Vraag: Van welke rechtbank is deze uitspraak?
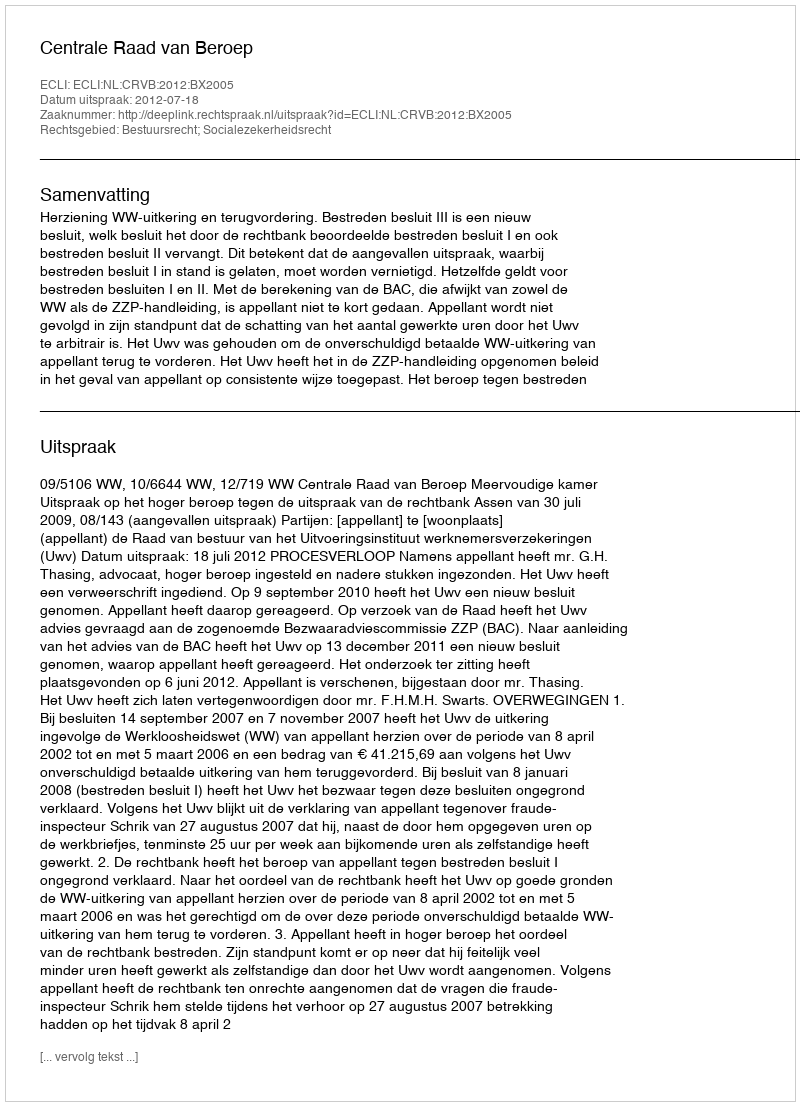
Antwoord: Centrale Raad van Beroep